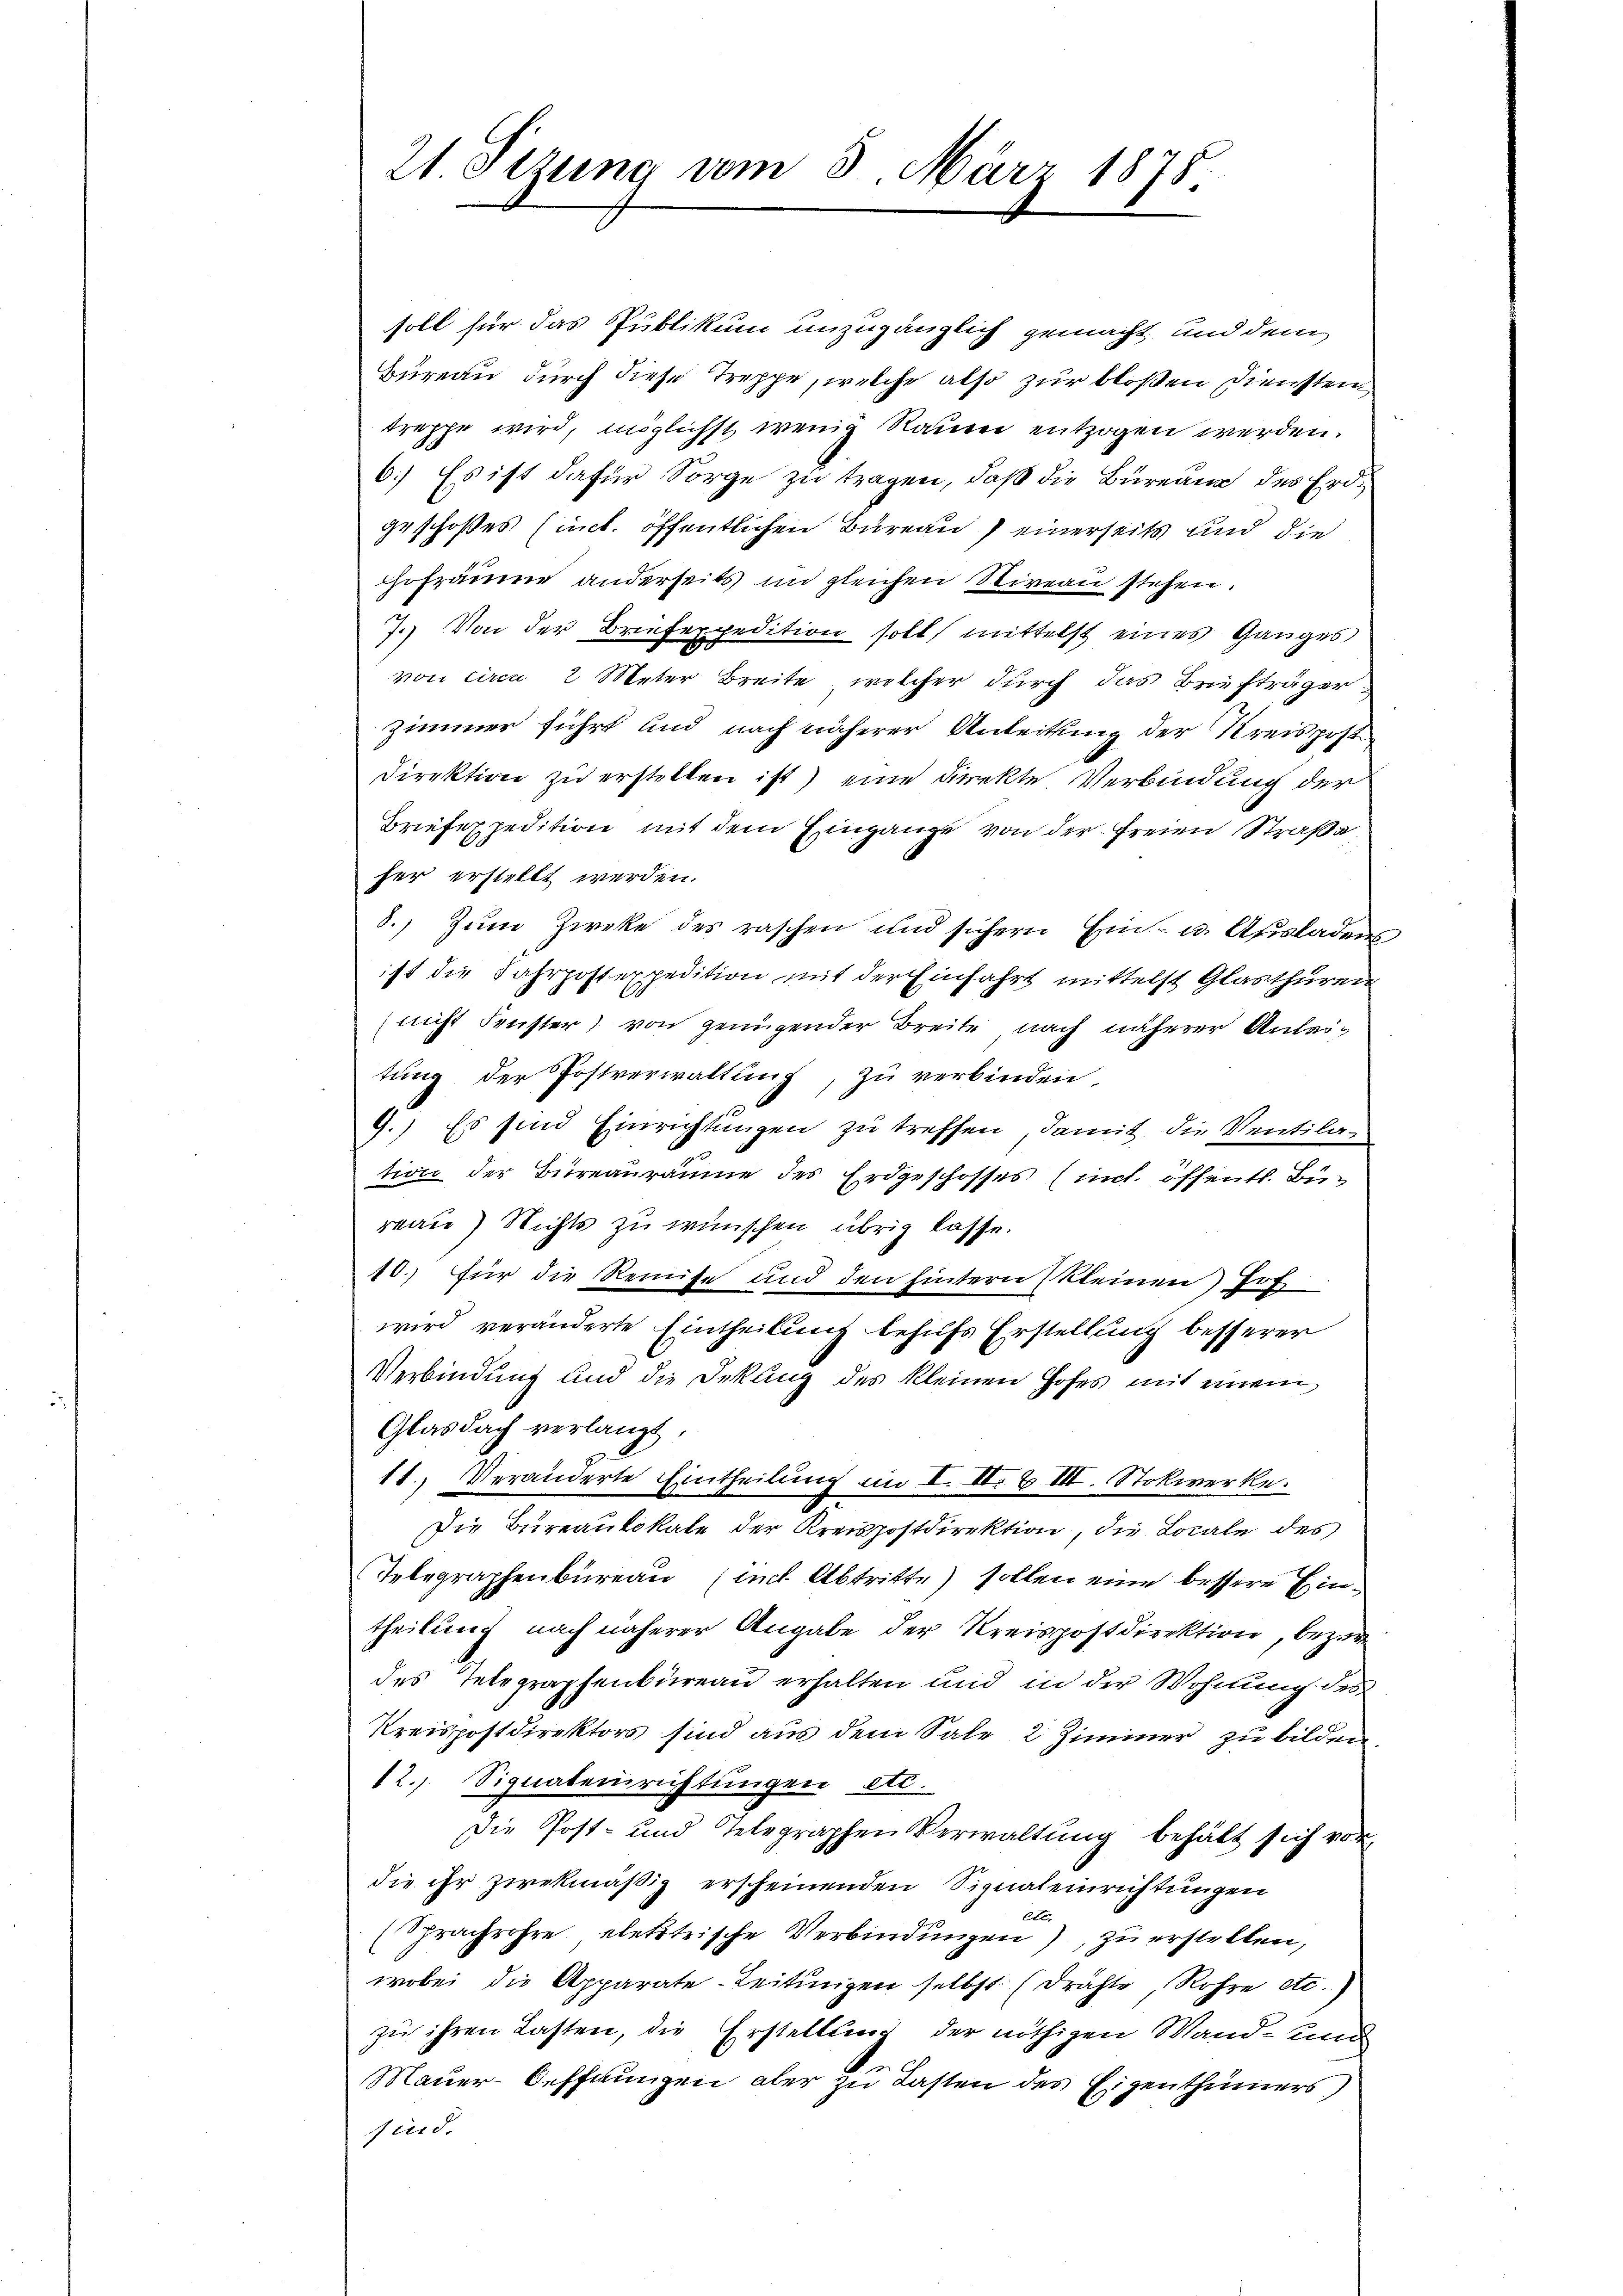
21. Sizung vom 5. März 1878

soll für das Publikum unzugänglich gemacht, und dem
Bureau durch diese Treppe, welche also zur bloßen Diensten
treppe wird, möglichst wenig Rauen entzogen werden.
6.) Es ist dafür Sorge zu tragen, daß die Bureau des Erdgeschoßes (int. öffentlichen Bureau einerseits und die
hofräume anderseits im gleichen Niveau stehen.
7.) Von der Briefexpedition soll, mittelst eines Ganges
von circa 2 Meter Breite, welcher durch das Briefträger
zimmer führt und nach näherer Anleitung der Kreispost
Direktion zu erstellen ist) eine Direkte Verbindung der
Briefexpedition mit dem Eingange von der freien Straße
her erstellt werden.
8.) Zum Zweke des raschen und sichern Ein- u. Ausladens
ist die Fahrpostexpedition mit der Einfahrt mittelst Glasthüren
nicht Frister, von genügender Breite nach näherer Anleitung der Postverwaltung, zu verbinden,
9.) Es sind Einrichtungen zu treffen, damit, die Ventilation der Bureauräume des Erdgeschosses (mit öffentl. Bürau) Nichts zu wünschen übrig lasse.
10.) Für die Remise und den hintern kleinen Hof
wird veränderte Eintheilung behufs Erstellung besserer
Verbindung und die Dekung des kleinen Hofes mit einem
Glasdach verlangt,
11.) Veränderte Eintheilung im I. II. Z VII. Stokwerke:
Die Bureaulokale der Kreispostdirektion, die Locale des
Telegraphenbureau (mit Abtritte) sollen eine bessere Eintheilung nach näherer Angabe der Kreispostdirektion, bezir
des Telegraphenbureau erhalten und in der Wohnung des
Kreispostdirektors sind aus dem Sale 2 Zimmer zu bilden
12. Signateinrichtungen etc.
Die Post- und Telegraphen Verwaltŭng behält sich vor
die ihr zwekmäßig erscheinenden Signaleinrichtungen
Exc
(Sprachrohre, elektrische Verbindungen), zu erstellen,
wobei die Apparate - Leitŭngen selbst (drähte, Rohre etc.)
zu ihren Lasten, die Erstellung der nöthigen Wand- und
Mauer-Oeffnungen aber zu Lasten des Eigenthümers
sind.